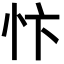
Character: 忭